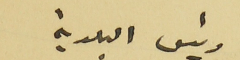
رئيس البلدية